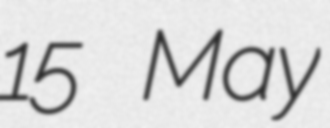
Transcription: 15 May